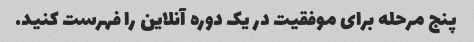
پنج مرحله برای موفقیت در یک دوره آنلاین را فهرست کنید.